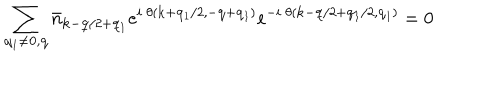
LaTeX: \sum _ { { \bf { q } } _ { 1 } \neq { \bf { 0 } } , { \bf { q } } } { \bar { n } } _ { { \bf { k } } - { \bf { q } } / 2 + { \bf { q } } _ { 1 } } e ^ { i \mathrm { ~ } \theta ( { \bf { k } } + { \bf { q } } _ { 1 } / 2 , - { \bf { q } } + { \bf { q } } _ { 1 } ) } e ^ { - i \mathrm { ~ } \theta ( { \bf { k } } - { \bf { q } } / 2 + { \bf { q } } _ { 1 } / 2 , { \bf { q } } _ { 1 } ) } = 0